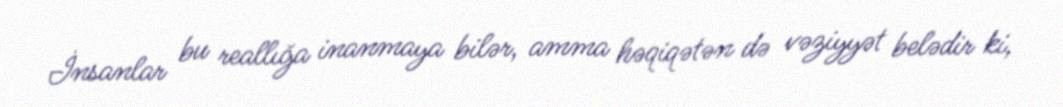
İnsanlar bu reallığa inanmaya bilər, amma həqiqətən də vəziyyət belədir ki,